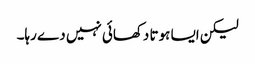
لیکن ایسا ہوتا دکھائی نہیں دے رہا۔